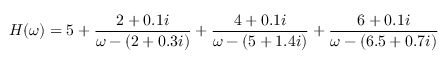
H ( \omega ) = 5 + \frac { 2 + 0 . 1 i } { \omega - ( 2 + 0 . 3 i ) } + \frac { 4 + 0 . 1 i } { \omega - ( 5 + 1 . 4 i ) } + \frac { 6 + 0 . 1 i } { \omega - ( 6 . 5 + 0 . 7 i ) }